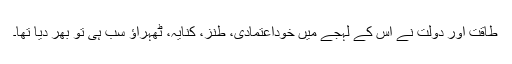
طاقت اور دولت نے اس کے لہجے میں خوداعتمادی، طنز، کنایہ، ٹھہراؤ سب ہی تو بھر دیا تھا۔